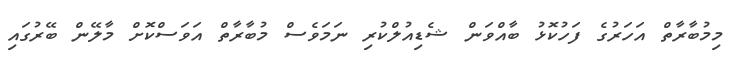
މިމުބާރާތް އަހަރުގެ ފަހުކޮޅު ބާއްވަން ޝެޑިއުލްކުރި ނަމަވެސް މުބާރާތް އަވަސްކޮށް މާލޭން ބޭރުގައި